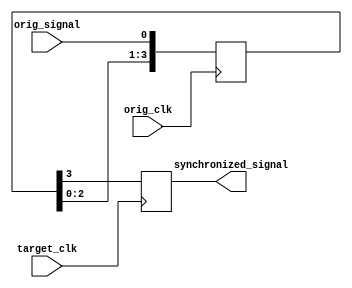
module four_flop_synchronizer (
    input wire orig_clk,
    input wire target_clk,
    input wire orig_signal,
    output wire synchronized_signal
);

reg [3:0] ff_outputs;

always @(posedge orig_clk) begin
    ff_outputs <= {ff_outputs[2:0], orig_signal};
end

always @(posedge target_clk) begin
    synchronized_signal <= ff_outputs[3];
end

endmodule